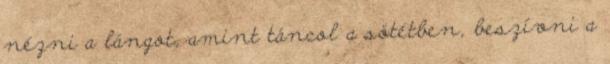
nézni a lángot, amint táncol a sötétben, beszívni a